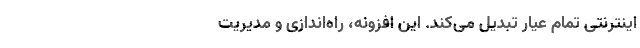
اینترنتی تمام عیار تبدیل می‌کند. این افزونه، راه‌اندازی و مدیریت